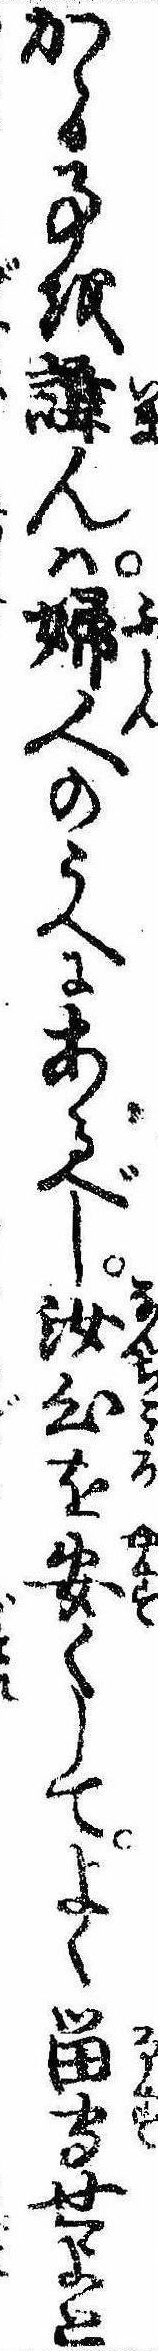
かゝる事を諱んは婦人のうへにあるべし汝心を安くしてよく留守せよと